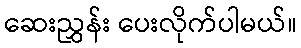
ဆေးညွှန်း ပေးလိုက်ပါမယ်။